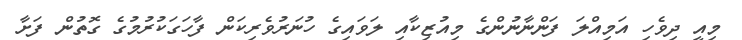
މިއީ ދިވެހި އަމިއްލަ ފަންނާނުންގެ މިއުޒިކާއި ލަވައިގެ ހުނަރުވެރިކަން ފާހަގަކުރުމުގެ ގޮތުން ފަށާ